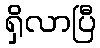
ရှိလာပြီ